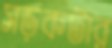
সড়কটার